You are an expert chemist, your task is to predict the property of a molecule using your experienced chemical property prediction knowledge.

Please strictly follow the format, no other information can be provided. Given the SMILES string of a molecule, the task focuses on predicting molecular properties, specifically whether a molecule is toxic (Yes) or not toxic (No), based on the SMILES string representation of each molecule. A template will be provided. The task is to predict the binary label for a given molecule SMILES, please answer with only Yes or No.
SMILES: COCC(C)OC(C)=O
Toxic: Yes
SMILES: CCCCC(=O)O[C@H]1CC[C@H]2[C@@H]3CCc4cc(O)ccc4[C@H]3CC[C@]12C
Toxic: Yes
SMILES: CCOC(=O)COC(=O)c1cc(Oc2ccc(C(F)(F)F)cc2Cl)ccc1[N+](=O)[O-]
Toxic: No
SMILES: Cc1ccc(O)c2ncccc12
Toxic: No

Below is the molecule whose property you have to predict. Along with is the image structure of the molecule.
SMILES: O=C1c2cccc(O)c2C(=O)c2c(O)cccc21
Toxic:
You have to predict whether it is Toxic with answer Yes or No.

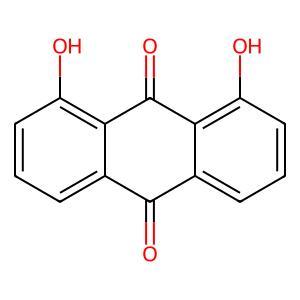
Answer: No